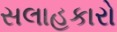
સલાહકારો